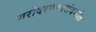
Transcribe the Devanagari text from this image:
गरोदरपणासंदर्भात